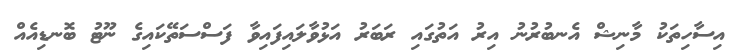
އިސާހިތަކު މާނިޝް އެނބުރުނު އިރު އަތުގައި ރަބަރު އަޅުވާލައިފައިވާ ފަސްސަތޭކައިގެ ނޫޓު ބޮނޑިއެއް